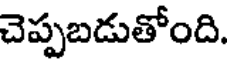
చెప్పబడుతోంది.